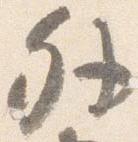
外